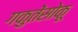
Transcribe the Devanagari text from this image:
गकुतेंसोकू